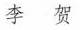
李贺